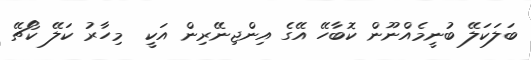
ބަލަކަލޭ ބުނީމެއްނޫން ކޮބާހޭ އޭގެ އިންޖިނޭރިން އަކީ  މިހާރު ކަލޭ ކޯޗޭ